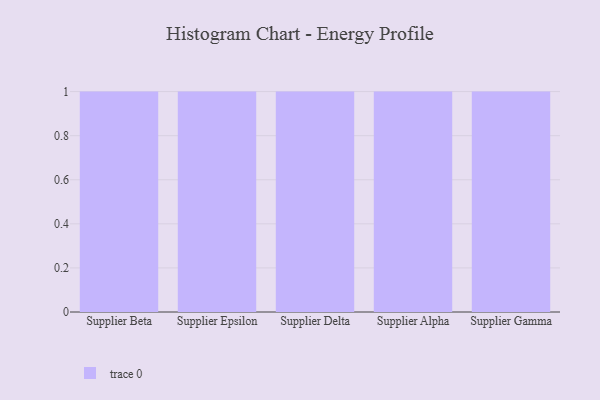
{"axis": {"x": "Supplier", "y": "Shipments"}, "legend": [""], "data": [{"x": "Supplier Beta", "y": 46, "type": ""}, {"x": "Supplier Epsilon", "y": 54, "type": ""}, {"x": "Supplier Delta", "y": 2, "type": ""}, {"x": "Supplier Alpha", "y": 6, "type": ""}, {"x": "Supplier Gamma", "y": 84, "type": ""}]}